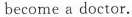
become a doctor.